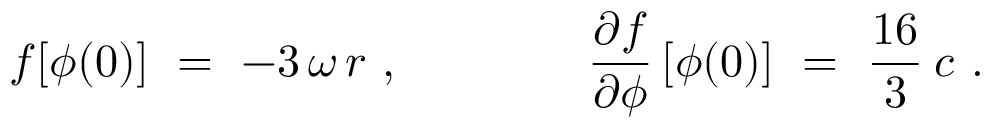
f [ \phi ( 0 ) ] \ = \ - 3 \, \omega \, r \ , \qquad \qquad \frac { \partial f } { \partial \phi } \, [ \phi ( 0 ) ] \ = \ \frac { 1 6 } { 3 } \: c \ .